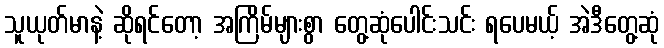
သူယုတ်မာနဲ့ ဆိုရင်တော့ အကြိမ်များစွာ တွေ့ဆုံပေါင်းသင်း ရပေမယ့် အဲဒီတွေ့ဆုံ